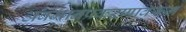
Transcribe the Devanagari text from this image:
अवमानप्रकरणावरून